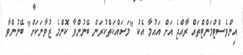
އިންވެސްޓްމަންޓްތައް ރާއްޖެ އަށް އައުމާ އެކު "މަސައްކަތްކުރަން ބޭނުންވާ ކޮންމެ ޒުވާނަކަށް" ބޭނުންވާ